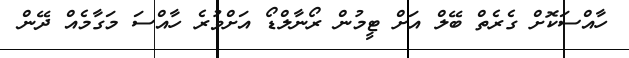
ހާއްސަކޮށް ގެރެތް ބޭލް އަށް ޓީމުން ރޯނާލްޑޯ އަށްވުރެ ހާއްސަ މަގާމެއް ދޭން